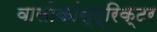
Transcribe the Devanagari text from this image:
वासोकांस्ट्रिक्टर